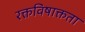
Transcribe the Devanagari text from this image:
रक्तविषाक्तता